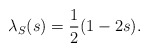
\begin{align*}\lambda_S(s) = \frac{1}{2}(1-2s).\end{align*}